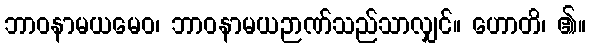
ဘာဝနာမယမေဝ၊ ဘာဝနာမယဉာဏ်သည်သာလျှင်။ ဟောတိ၊ ၏။